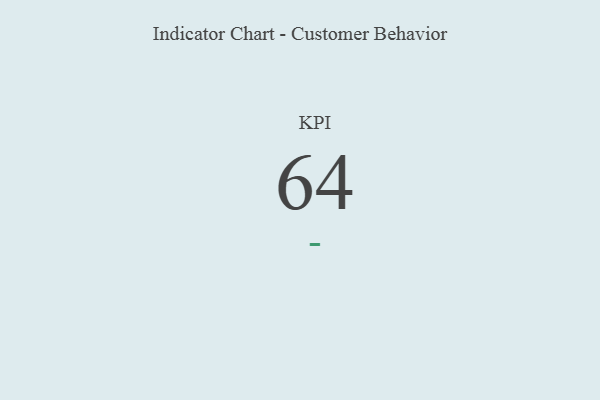
{"axis": {"x": "KPI", "y": "Value"}, "legend": [""], "data": [{"x": "KPI", "y": 64, "type": ""}]}